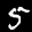
Label: 5